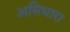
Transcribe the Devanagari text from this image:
असिधारा